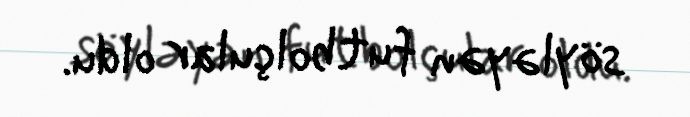
söyləyən futbolçular oldu.